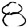
Digit: 8